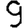
Digit: 9